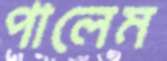
পালেম